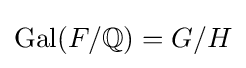
\operatorname {Gal} (F/\mathbb {Q} )=G/H